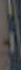
ال